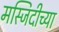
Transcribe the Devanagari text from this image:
मस्जिदीच्या